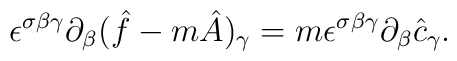
\epsilon^{\sigma\beta\gamma}\partial_{\beta}(\hat f-m\hat A)_{\gamma}=m\epsilon^{\sigma\beta\gamma}\partial_{\beta}\hat c_{\gamma}.